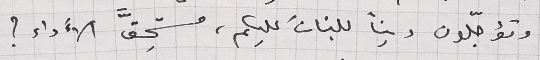
وتؤجّلون ديناً للبنانَ عليكم، مستحِقَّ  الأَداء ؟